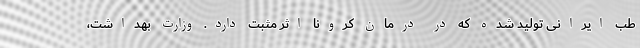
طب ایرانی تولید شده که در درمان کرونا اثر مثبت دارد. وزارت بهداشت،